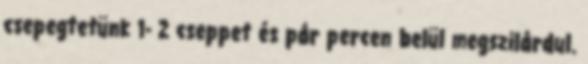
csepegtetünk 1- 2 cseppet és pár percen belül megszilárdul.